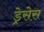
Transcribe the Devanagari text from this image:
ड्रेसेस